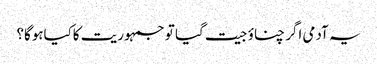
یہ آدمی اگر چناؤ جیت گیا تو جمہوریت کاکیاہوگا؟